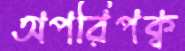
অপরিপক্ব